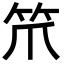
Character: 笊